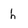
Character: h